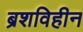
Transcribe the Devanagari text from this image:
ब्रशविहीन